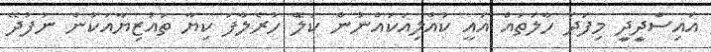
އައިސަާދިީދިީ މިިފަދަ ހާލަތައް އައީ ކުއްލިއަކައްނުން ކަލެޭ ހުރެލާފަ ކިޔާ ތައުޒިޔާއަކުން ނުފުދޭ